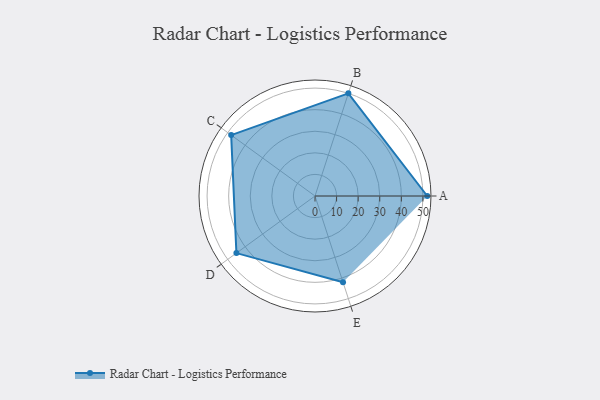
{"axis": {"x": "Skill", "y": "Score"}, "legend": ["Profile"], "data": [{"x": "A", "y": 52.0, "type": "Profile"}, {"x": "B", "y": 50.0, "type": "Profile"}, {"x": "C", "y": 48.0, "type": "Profile"}, {"x": "D", "y": 45.0, "type": "Profile"}, {"x": "E", "y": 42.0, "type": "Profile"}]}